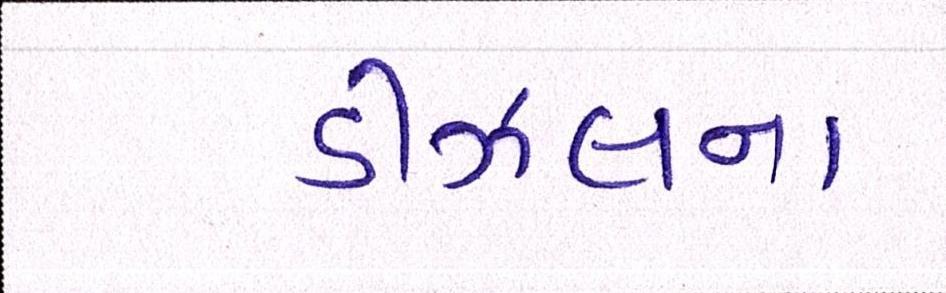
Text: ડીઝલના